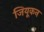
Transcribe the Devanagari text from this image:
जियूकन